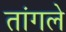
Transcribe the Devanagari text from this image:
तांगले